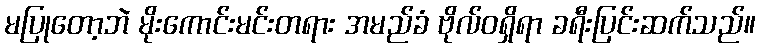
မပြုတော့ဘဲ မိုးကောင်းမင်းတရား အမည်ခံ ဗိုလ်ဝရှိရာ ခရီးပြင်းဆက်သည်။